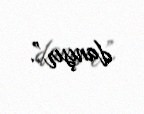
danışır”.